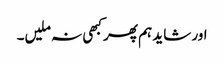
اور شاید ہم پھر کبھی نہ ملیں۔